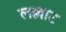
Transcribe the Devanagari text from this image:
लल्लाट